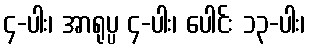
၄-ပါး၊ အာရုပ္ပ ၄-ပါး၊ ပေါင်း ၁၃-ပါး၊